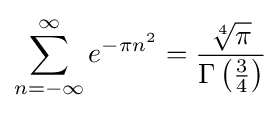
\displaystyle \sum _{n=-\infty }^{\infty }e^{-\pi n^{2}}={\frac {\sqrt[{4}]{\pi }}{\Gamma \left({\frac {3}{4}}\right)}}